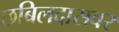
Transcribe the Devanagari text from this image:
छबिलदासवर